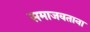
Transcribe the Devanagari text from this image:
समाजवताना